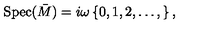
\mathrm { S p e c } ( \bar { M } ) = i \omega \left\{ 0 , 1 , 2 , \ldots , \right\} ,